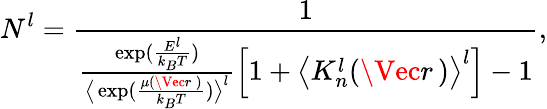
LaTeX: N^{l}=\frac{1}{\frac{\exp(\frac{E^{l}}{k_{B}T})}{\big\langle\exp(\frac{\mu(\Vec{r}\, )}{k_{B}T})\big\rangle_{}^{l}}\Big[1+\big\langle K_{n}^{l}(\Vec{r}\, )\big\rangle_{}^{l}\Big]-1},